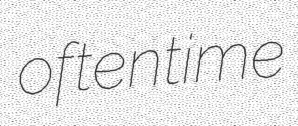
oftentime